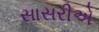
સાસરીએ